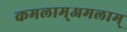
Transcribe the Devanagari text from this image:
कमलाम्अमलाम्